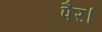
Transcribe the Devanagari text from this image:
पैर।